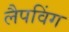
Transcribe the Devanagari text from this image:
लैपविंग